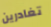
تغادرين